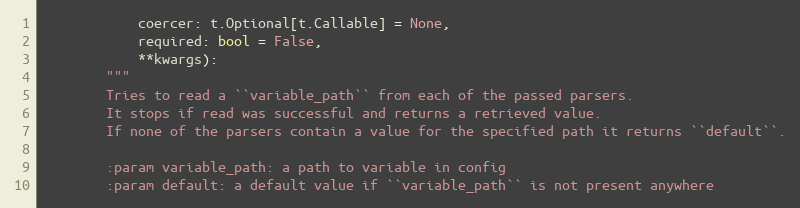
Language: Python
            coercer: t.Optional[t.Callable] = None,
            required: bool = False,
            **kwargs):
        """
        Tries to read a ``variable_path`` from each of the passed parsers.
        It stops if read was successful and returns a retrieved value.
        If none of the parsers contain a value for the specified path it returns ``default``.

        :param variable_path: a path to variable in config
        :param default: a default value if ``variable_path`` is not present anywhere